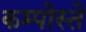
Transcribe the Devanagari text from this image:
कम्पोस्ते